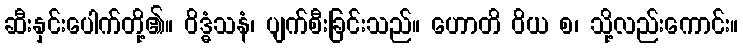
ဆီးနှင်းပေါက်တို့၏။ ဝိဒ္ဓံသနံ၊ ပျက်စီးခြင်းသည်။ ဟောတိ ဝိယ စ၊ သို့လည်းကောင်း။